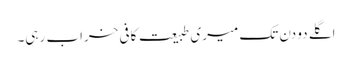
اگلے دو دن تک میری طبیعت کافی خراب رہی۔